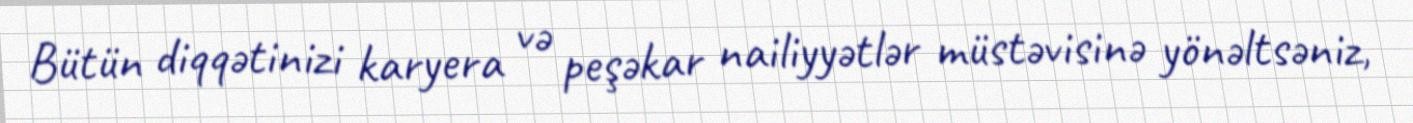
Bütün diqqətinizi karyera və peşəkar nailiyyətlər müstəvisinə yönəltsəniz,